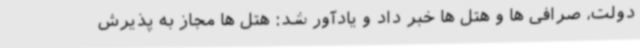
دولت، صرافی ها و هتل ها خبر داد و یادآور شد: هتل ها مجاز به پذیرش